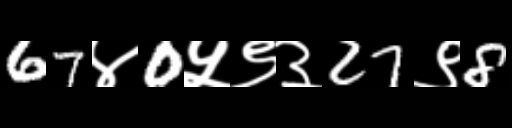
Text: 67४0५९३27९8